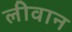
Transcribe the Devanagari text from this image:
लीवान